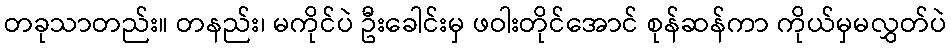
တခုသာတည်း။ တနည်း၊ မကိုင်ပဲ ဦးခေါင်းမှ ဖဝါးတိုင်အောင် စုန်ဆန်ကာ ကိုယ်မှမလွှတ်ပဲ